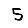
Digit: 5